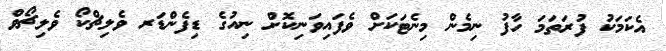
އެކަމަކު ފުރަތަމަ ހާފު ނިމެން މިނެޓަކަށް ވެފައިވަނިކޮށް ނިއުގެ ޑިފެންޑަރ ވެލިޗްކޯ ވެލިޗޯވް